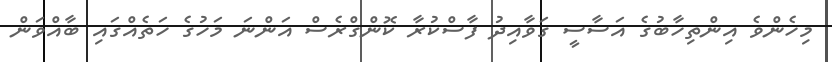
މިހެންވެ އިންތިހާބުގެ އަސާސީ ގަވާއިދު ފާސްކުރާ ކޮންގްރެސް އަންނަ މަހުގެ ހަތެއްގައި ބާއްވަން